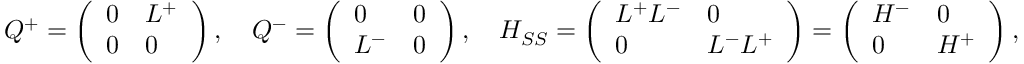
Q ^ { + } = \left( \begin{array} { l l } { 0 } & { L ^ { + } } \\ { 0 } & { 0 } \end{array} \right) , \quad Q ^ { - } = \left( \begin{array} { l l } { 0 } & { 0 } \\ { L ^ { - } } & { 0 } \end{array} \right) , \quad H _ { S S } = \left( \begin{array} { l l } { L ^ { + } L ^ { - } } & { 0 } \\ { 0 } & { L ^ { - } L ^ { + } } \end{array} \right) = \left( \begin{array} { l l } { H ^ { - } } & { 0 } \\ { 0 } & { H ^ { + } } \end{array} \right) ,